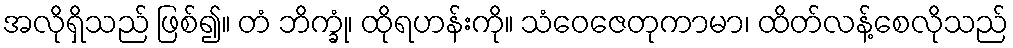
အလိုရှိသည် ဖြစ်၍။ တံ ဘိက္ခုံ၊ ထိုရဟန်းကို။ သံဝေဇေတုကာမာ၊ ထိတ်လန့်စေလိုသည်